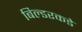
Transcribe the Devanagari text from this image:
बिल्डरकडे